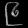
Digit: ၉